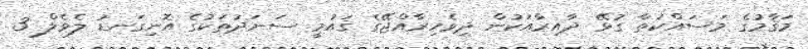
މަޤާމުގެ މަސައްކަތާ ގުޅޭ ދާއިރާއަކުން ދިވެހިރާއްޖޭގެ ޤައުމީ ސަނަދުތަކުގެ އޮނިގަނޑު ލެވެލް 3